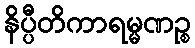
နိပ္ပီတိကာရမ္မဏဉ္စ